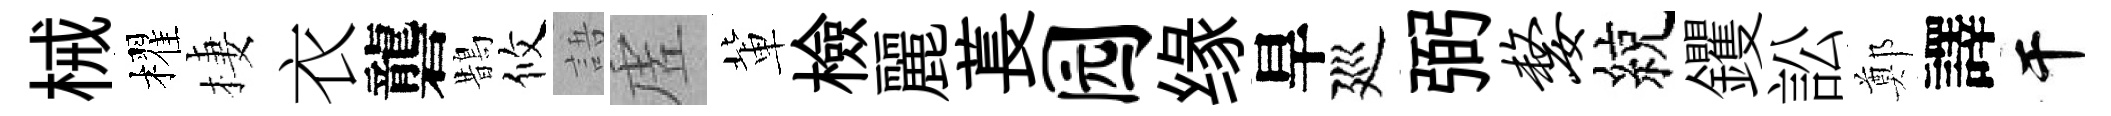
械櫂棲衣礱鵲攸語虗軰檢麗萇园缘旱廵弼嫠綂钁訟鄭譯干